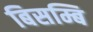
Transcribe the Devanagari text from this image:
बिसम्बि